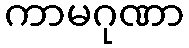
ကာမဂုဏာ